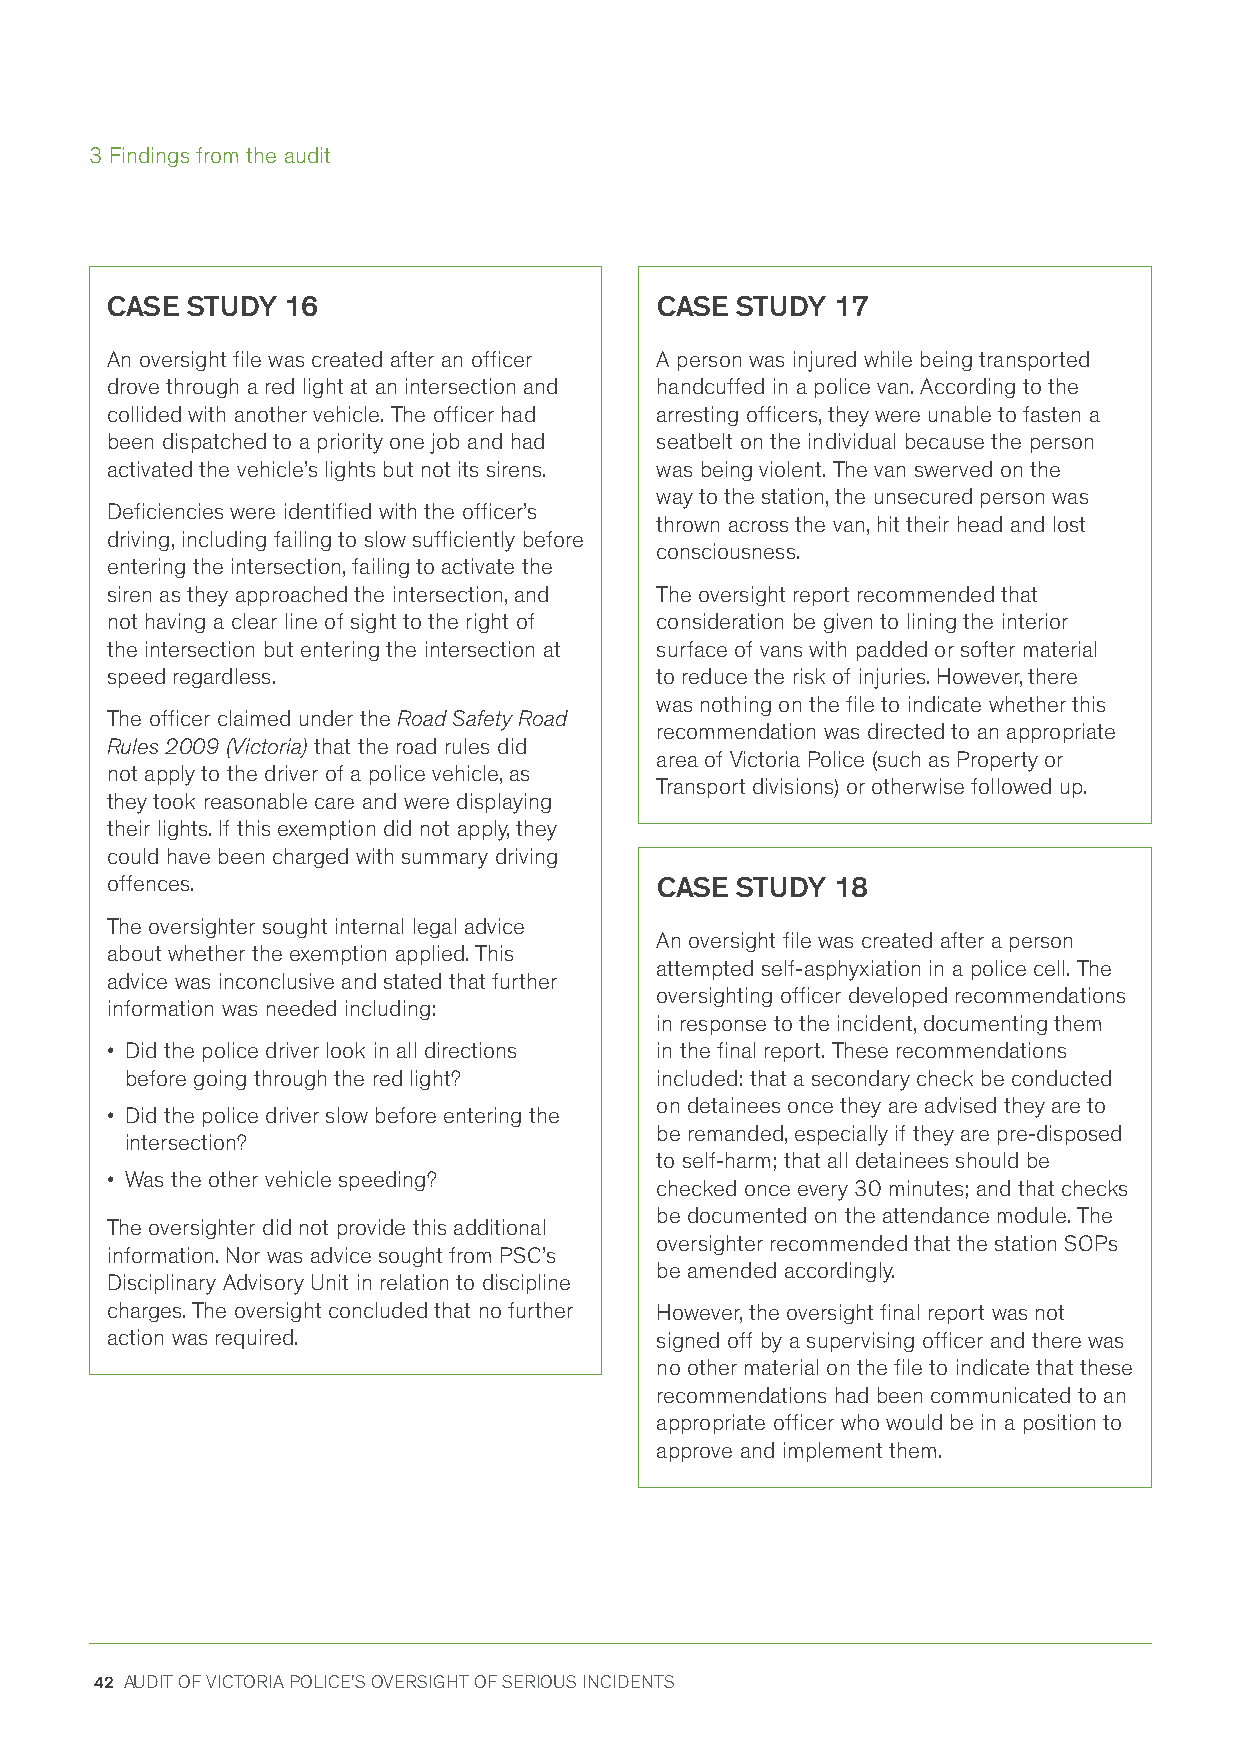
3 Findings from the audit
 CASE STUDY  16                      CASE  STUDY 17
 An oversight file was created after an officer A person was injured while being transported
 drove through a red light at an intersection and handcuffed in a police van. According to the
 collided with another vehicle. The officer had arresting officers, they were unable to fasten a
 been dispatched to a priority one job and had seatbelt on the individual because the person
 activated the vehicle’s lights but not its sirens. was being violent. The van swerved on the
 way to the station, the unsecured person was
 Deficiencies were identified with the officer’s
 thrown across the van, hit their head and lost
 driving, including failing to slow sufficiently before
 consciousness.
 entering the intersection, failing to activate the
 siren as they approached the intersection, and The oversight report recommended that
 not having a clear line of sight to the right of consideration be given to lining the interior
 the intersection but entering the intersection at surface of vans with padded or softer material
 speed regardless.                   to reduce the risk of injuries. However, there
 was nothing on the file to indicate whether this
 The officer claimed under the Road Safety Road
 recommendation was directed to an appropriate
 Rules 2009 (Victoria) that the road rules did
 area of Victoria Police (such as Property or
 not apply to the driver of a police vehicle, as
 Transport divisions) or otherwise followed up.
 they took reasonable care and were displaying
 their lights. If this exemption did not apply, they
 could have been charged with summary driving
 offences.                           CASE  STUDY 18
 The oversighter sought internal legal advice
 An oversight file was created after a person
 about whether the exemption applied. This
 attempted self-asphyxiation in a police cell. The
 advice was inconclusive and stated that further
 oversighting officer developed recommendations
 information was needed including:
 in response to the incident, documenting them
 • Did the police driver look in all directions in the final report. These recommendations
 before going through the red light? included: that a secondary check be conducted
 on detainees once they are advised they are to
 • Did the police driver slow before entering the
 be remanded, especially if they are pre-disposed
 intersection?
 to self-harm; that all detainees should be
 • Was the other vehicle speeding?
 checked once every 30 minutes; and that checks
 be documented on the attendance module. The
 The oversighter did not provide this additional
 oversighter recommended that the station SOPs
 information. Nor was advice sought from PSC’s
 be amended accordingly.
 Disciplinary Advisory Unit in relation to discipline
 charges. The oversight concluded that no further However, the oversight final report was not
 action was required.                signed off by a supervising officer and there was
 no other material on the file to indicate that these
 recommendations had been communicated to an
 appropriate officer who would be in a position to
 approve and implement them.
 42 AUDIT OF VICTORIA POLICE'S OVERSIGHT OF SERIOUS INCIDENTS